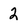
Character: 2